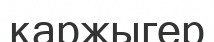
қаржыгер